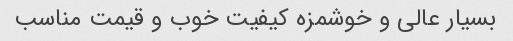
بسیار عالی و خوشمزه کیفیت خوب و قیمت مناسب